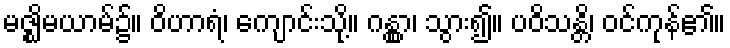
မဇ္ဈိမယာမ်၌။ ဝိဟာရံ၊ ကျောင်းသို့။ ဂန္တွာ၊ သွား၍။ ပဝိသန္တိ၊ ဝင်ကုန်၏။